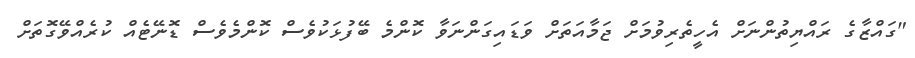
"ގައްޒާގެ ރައްޔިތުންނަށް އެހީތެރިވުމަށް ޖަމާއަތަށް ވަޑައިގަންނަވާ ކޮންމެ ބޭފުޅަކުވެސް ކޮންމެވެސް ޑޮނޭޓެއް ކުރެއްވޭގޮތަށް